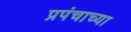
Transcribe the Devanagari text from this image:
प्रपंचाच्या